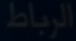
الرباط